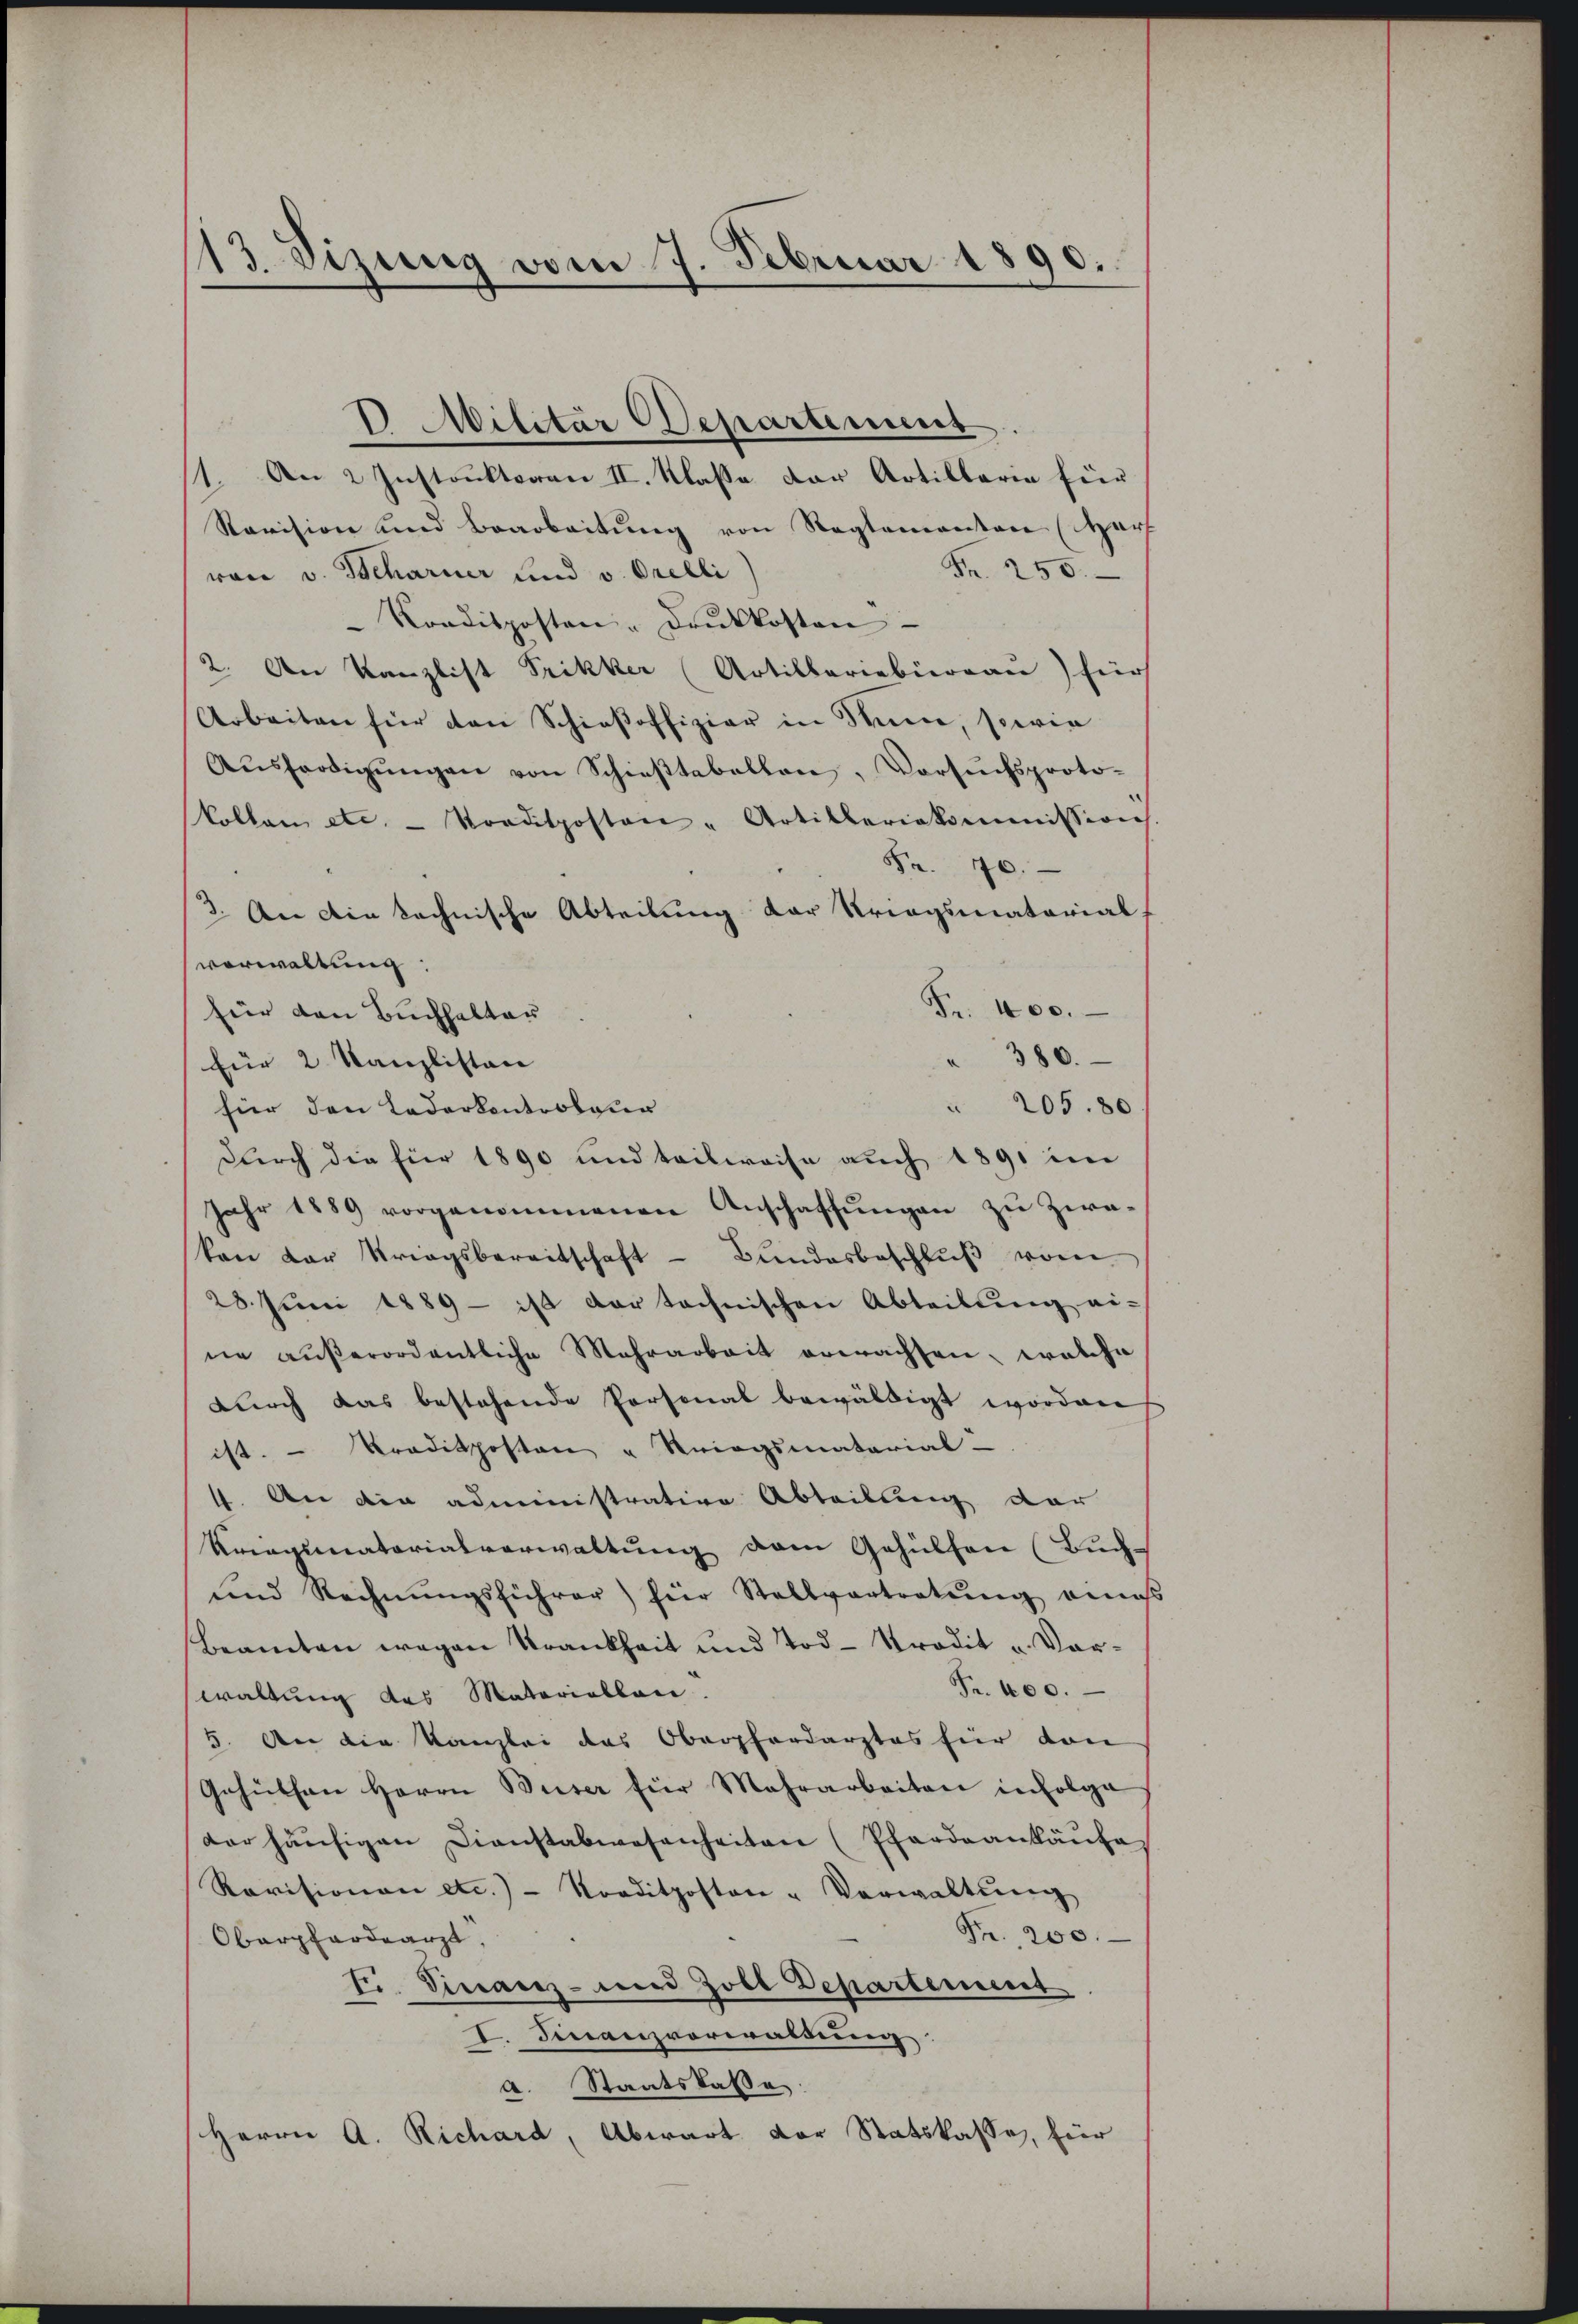
13. Sizung vom 7. Februar 1890.

D. Militar Departement

11. An 2 Instruktoren II. Klasse der Artillaria für
Ravision und Bearbeitŭng von Reglementen (Harf
Fr. 250.
von v. Beharner und v. Orelli
Kordisposten - drŭkkosten
2. An Kanzlist Frikker (Artillarieberrau) für
Arbeiten für den Schieβoffizier in Sinn, sowie
Aŭsferdigŭngen von Schieβtabellen, Vorsŭchsproto-
kollen etc. - Konditposton - Artilleriekommission
Fr. 70.
3. An die technische Abteilung der Kriegsmatorial-
verwaltung:
Fr. 400.
für den Buchhalter
" 380.
für 2 Kanzlisten |
 205. 80
hier den Lederkontroleur
durch die für 1890 und teilweise auch 1891 im
Jahr 1889 vorgenommenen Anschaffŭngen zu Zwekan der Kriegsbereitschaft - Bŭndesbeschlŭβ von
28. Juni 1889 ist dar technischen Abteilung ei-
ne außerordentliche Mehrarbeit erwachsen, welche
dŭrch das bestehende Personal bewäldigt worden
ist. - Traditposten u Kriegsmatarial
1. An die administrative Abteilung der
Kriegsmatorialverwaltung vom Gehülfen (Buch¬
und Rechnŭngsführer) für Stallvertretŭng eines
Beamten wegen Krankheit und Tod. Stradit u. Vor-
Fr. 400.
waltung des Materiallen.
5. An die Kanzlei das Oberpfandarztes für von
Gehülfen Herrn Buser für Mehrarbeiten infolge
der häufigen Dienstabwesenheiten (Pferdeankäufe
Ravisionen etc.) Norditposton - Verwaltŭng
Fr. 200.
Obarpfardearzt,
F. Finanz- und Zoll Departement
I. Finanzvorwaldung.
a. Staatskasse:
Herrn A. Richard, Abwart der Statskasse, für